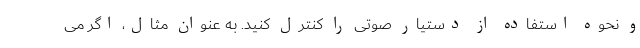
و نحوه استفاده از دستیار صوتی را کنترل کنید. به عنوان مثال، اگر می